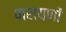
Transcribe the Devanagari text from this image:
पारायणों